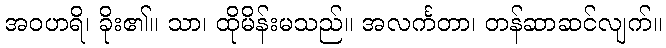
အဝဟရိ၊ ခိုး၏။ သာ၊ ထိုမိန်းမသည်။ အလင်္ကတာ၊ တန်ဆာဆင်လျက်။